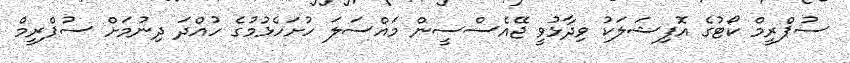
ސުޕްރީމް ކޯޓުގެ އޮފިޝަލަކު ވިދާޅުވީ ޖޭއެސްސީން މައްސަލަ ހުށަހެޅުމުގެ ހުއްދަ ދިނުމަށް ސުޕްރީމް